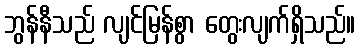
ဘွန်နီသည် လျင်မြန်စွာ တွေးလျက်ရှိသည်။